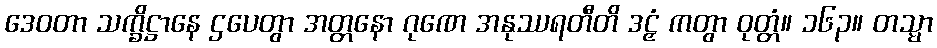
ဒေဝတာ သက္ခိဋ္ဌာနေ ဌပေတွာ အတ္တနော ဂုဏေ အနုဿရတီတိ ဒဠှံ ကတွာ ဝုတ္တံ။ ၁၆၃။ တသ္မာ